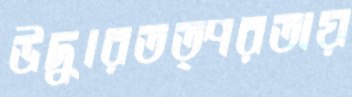
উদ্ধারতত্পরতায়